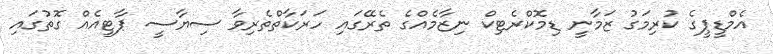
އެމްޑީޕީގެ ކުރިމަގު ޒަމާނީ ޑިމޮކްރެޓިކް ނިޒާމެއްގެ ތެރޭގައި ހަރަކާތްތެރިވާ ސިޔާސީ ޕާޓީއެއް ގޮތުގައި